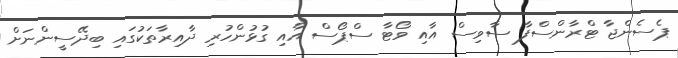
ޕެސެންޖާ ޓްރާންސްފާ ސާވިސް އާއި ވޯޓާ ސްޕޯސް އާއި ގުޅުންހުރި ދާއިރާތަކުގައި ބިދޭސީންނަށް